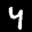
Label: 4